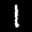
Digit: 1